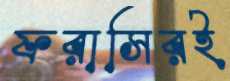
ফরাসিরই